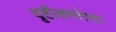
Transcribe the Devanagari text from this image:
दृष्टीक्षमतेचा